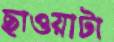
ছাওয়াটা